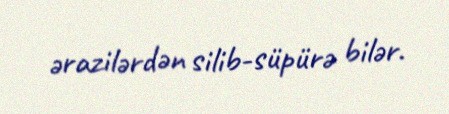
ərazilərdən silib-süpürə bilər.